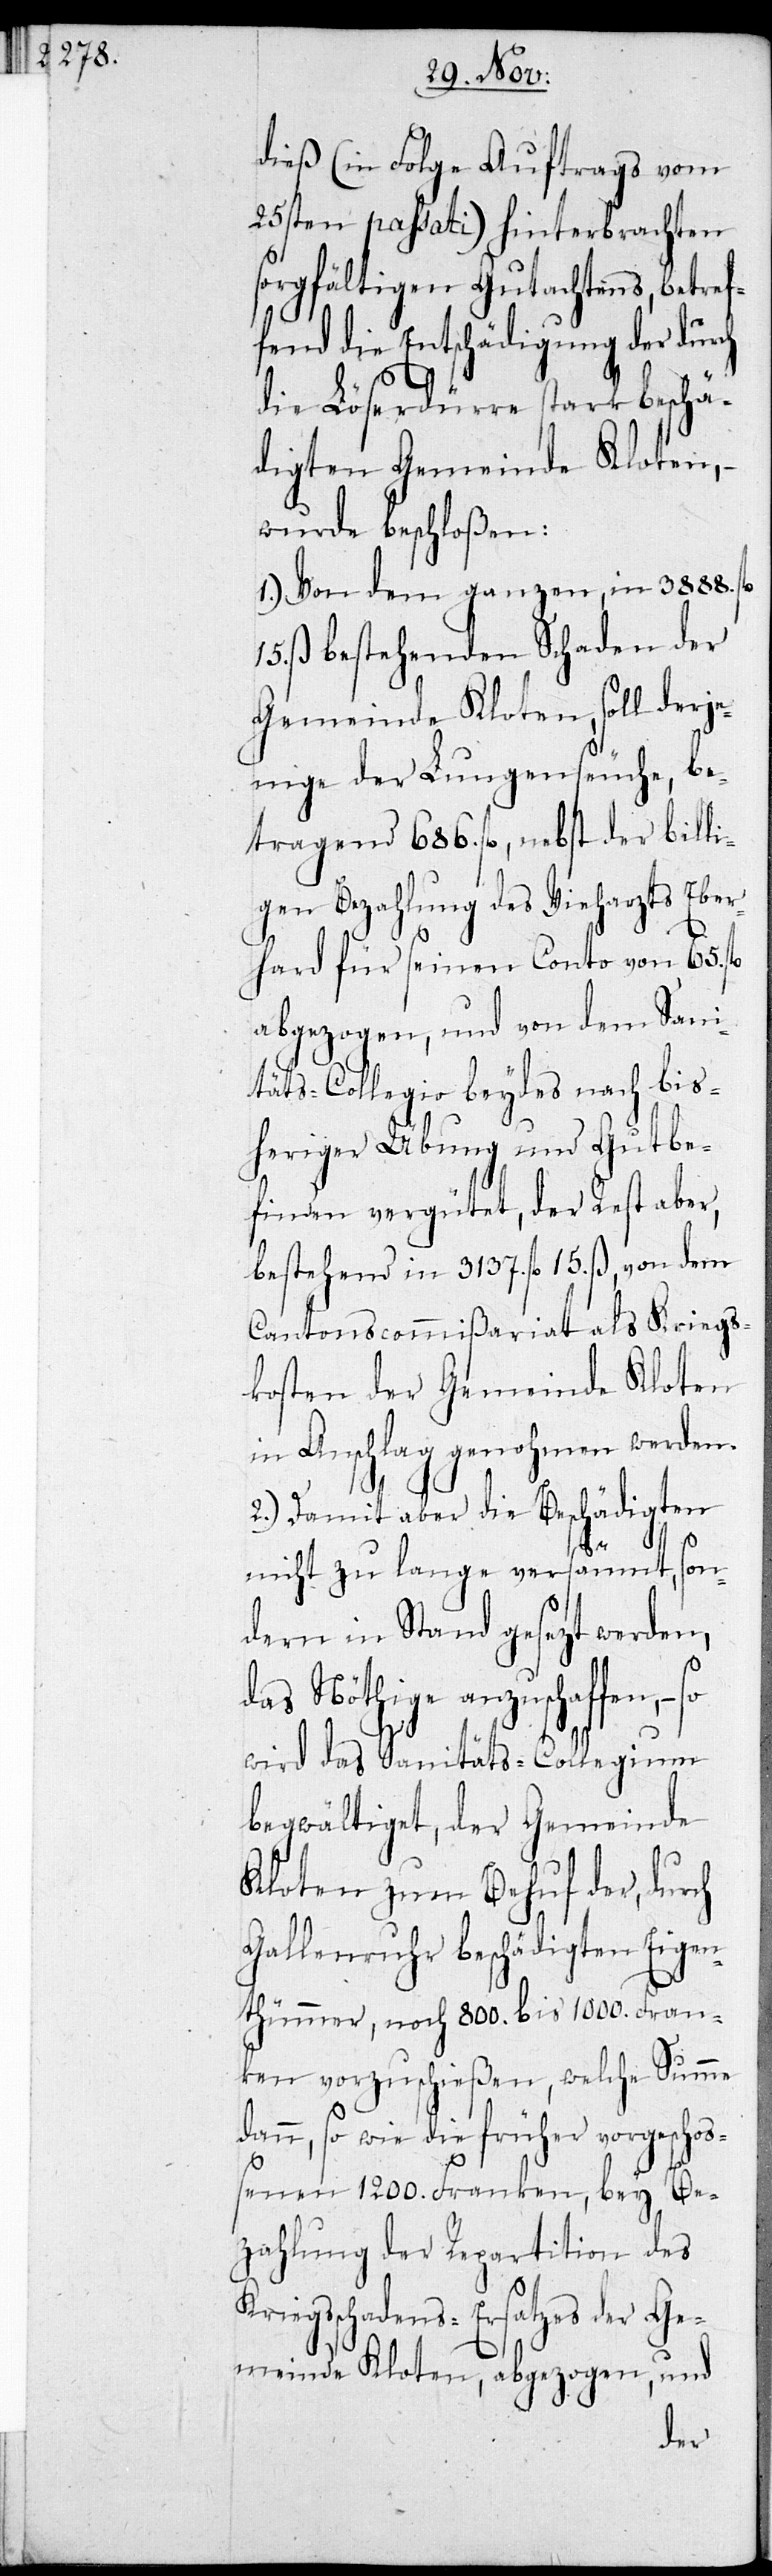
dieß (in Folge Auftrags vom
25sten passati) hinterbrachten
sorgfältigen Gutachtens, betref¬
fend die Entschädigung der
die Löserdürre stark beschä¬
digten Gemeinden Kloten, –
wurde beschloßen:
1.) Von dem ganzen, in 3888. fl.
15. ß bestehenden Schaden der
Gemeinde Kloten, soll derje¬
nige der Lungenseuche, be¬
tragend 686. fl., nebst der billi¬
gen Bezahlung des Vieharzts Eber¬
hard für seinen Conto von 65. fl.
abgezogen, und von dem Sani¬
täts-Collegio beydes nach bis¬
heriger Übung und Gutbe¬
finden vergütet, der Rest aber,
bestehend in 3137. fl. 15. ß, von dem
Cantonscommißariat als Kriegs¬
kosten der Gemeinde Kloten
in Anschlag genohmen werden.
2.) Damit aber die Beschädigten
nicht zu lange versäumt, son¬
dern in Stand gesezt werden,
das Nöthige anzuschaffen, –
wird das Sanitäts-Collegium
begwältiget, der Gemeinde
Kloten zum Behuf der, durch
Gallenruhr beschädigten Eigen¬
thümer, noch 800. bis 1000. Fran¬
ken vorzuschießen, welche Summe
dann, so wie die früher vorgescho¬
ßenen 1200. Franken, bey Be¬
zahlung der Repartition des
iegsschadens-Ersatzes der Ge¬
meinde Kloten, abgezogen, und
Kr¬